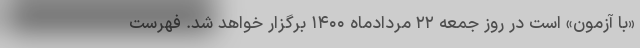
«با آزمون» است در روز جمعه ۲۲ مردادماه ۱۴۰۰ برگزار خواهد شد. فهرست